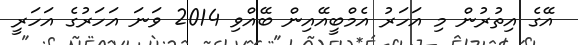
އޭގެ އިތުރުން މި އަހަރު އެމްބީއޭއިން ބޭއްވި 2014 ވަނަ އަހަރުގެ އަހަރީ